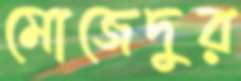
মোজেদুর